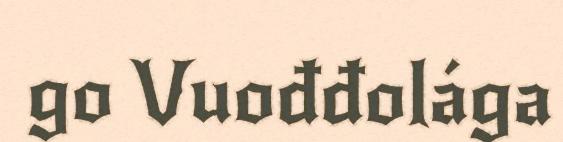
go Vuođđolága